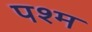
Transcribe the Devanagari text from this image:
पश्म